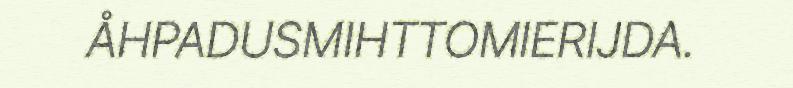
ÅHPADUSMIHTTOMIERIJDA.